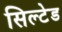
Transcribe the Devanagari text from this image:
सिल्टेड